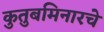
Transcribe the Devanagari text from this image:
कुतुबमिनारचे